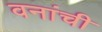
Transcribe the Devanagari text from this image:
वनांची